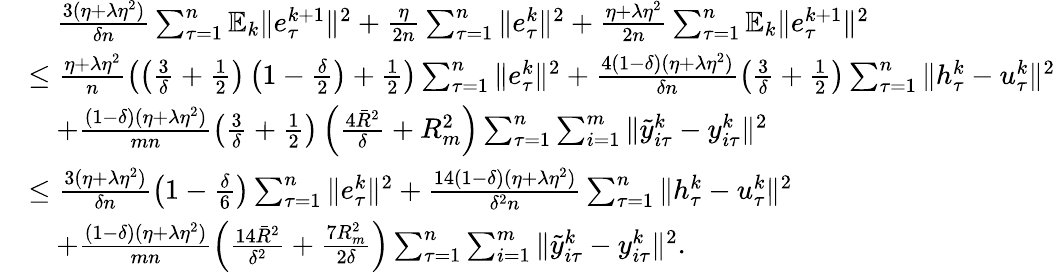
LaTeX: \begin{array}{rl}&{\quad\frac{3(\eta+\lambda\eta^{2})}{\delta n}\sum_{\tau=1}^{n}\mathbb{E}_{k}\| e_{\tau}^{k+1}\| ^{2}+\frac{\eta}{2n}\sum_{\tau=1}^{n}\| e_{\tau}^{k}\| ^{2}+\frac{\eta+\lambda\eta^{2}}{2n}\sum_{\tau=1}^{n}\mathbb{E}_{k}\| e_{\tau}^{k+1}\| ^{2}}\\ &{\leq\frac{\eta+\lambda\eta^{2}}{n}\left(\left(\frac{3}{\delta}+\frac{1}{2}\right)\left(1-\frac{\delta}{2}\right)+\frac{1}{2}\right)\sum_{\tau=1}^{n}\| e_{\tau}^{k}\| ^{2}+\frac{4(1-\delta)(\eta+\lambda\eta^{2})}{\delta n}\left(\frac{3}{\delta}+\frac{1}{2}\right)\sum_{\tau=1}^{n}\| h_{\tau}^{k}-u_{\tau}^{k}\| ^{2}}\\ &{\quad+\frac{(1-\delta)(\eta+\lambda\eta^{2})}{mn}\left(\frac{3}{\delta}+\frac{1}{2}\right)\left(\frac{4{\bar{R}}^{2}}{\delta}+R_{m}^{2}\right)\sum_{\tau=1}^{n}\sum_{i=1}^{m}\| {\tilde{y}}_{i\tau}^{k}-y_{i\tau}^{k}\| ^{2}}\\ &{\leq\frac{3(\eta+\lambda\eta^{2})}{\delta n}\left(1-\frac{\delta}{6}\right)\sum_{\tau=1}^{n}\| e_{\tau}^{k}\| ^{2}+\frac{14(1-\delta)(\eta+\lambda\eta^{2})}{\delta^{2}n}\sum_{\tau=1}^{n}\| h_{\tau}^{k}-u_{\tau}^{k}\| ^{2}}\\ &{\quad+\frac{(1-\delta)(\eta+\lambda\eta^{2})}{mn}\left(\frac{14{\bar{R}}^{2}}{\delta^{2}}+\frac{7R_{m}^{2}}{2\delta}\right)\sum_{\tau=1}^{n}\sum_{i=1}^{m}\| {\tilde{y}}_{i\tau}^{k}-y_{i\tau}^{k}\| ^{2}.}\end{array}